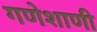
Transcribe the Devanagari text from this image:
गणेशाणी